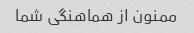
ممنون از هماهنگی شما